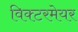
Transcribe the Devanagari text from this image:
विक्टरमेयर